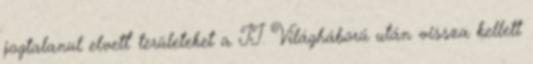
jogtalanul elvett’ területeket a II. Világháború után vissza kellett